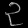
Digit: ၃